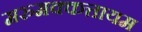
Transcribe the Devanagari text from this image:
मरुमक्कत्तायम